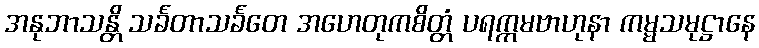
အနုဘာသန္တိ သင်္ခတာသင်္ခတေ အဟေတုကစိတ္တံ ပရက္ကမဗာဟုနာ ကမ္မသမုဋ္ဌာနေ